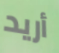
أريد